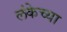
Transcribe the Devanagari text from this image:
लंकेच्या